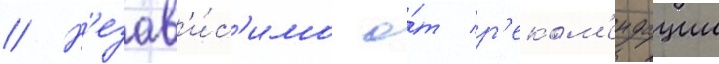
// Н'езав'и́с'имо о́т р'еком'ендации